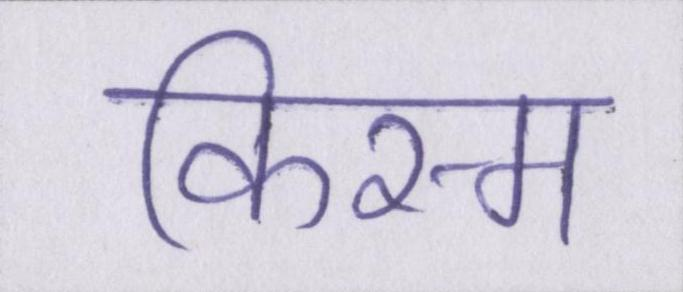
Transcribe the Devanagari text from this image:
किस्म